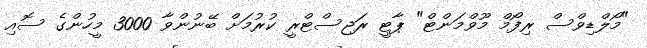
"މޯލްޑިވްސް ރިފޯމް މޫވްމަންޓް" ޕާޓީ ރަޖިސްޓްރީ ކުރުމަށް ބޭނުންވާ 3000 މީހުންގެ ސޮއި